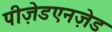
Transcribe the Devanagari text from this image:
पीज़ेडएनज़ेड